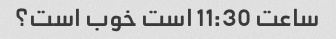
ساعت 11:30 است خوب است؟